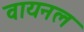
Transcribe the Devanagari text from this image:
वायनल